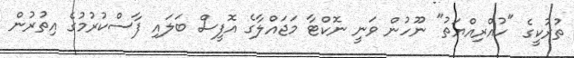
ތުރުކީގެ "ހުއްރިއްޔަތު" ނޫހުން ވަނީ ނޮކްޓާ މަޖައްލާގެ އޮފީސް ބަލައި ފާސްކުރުމުގެ އިތުރުން